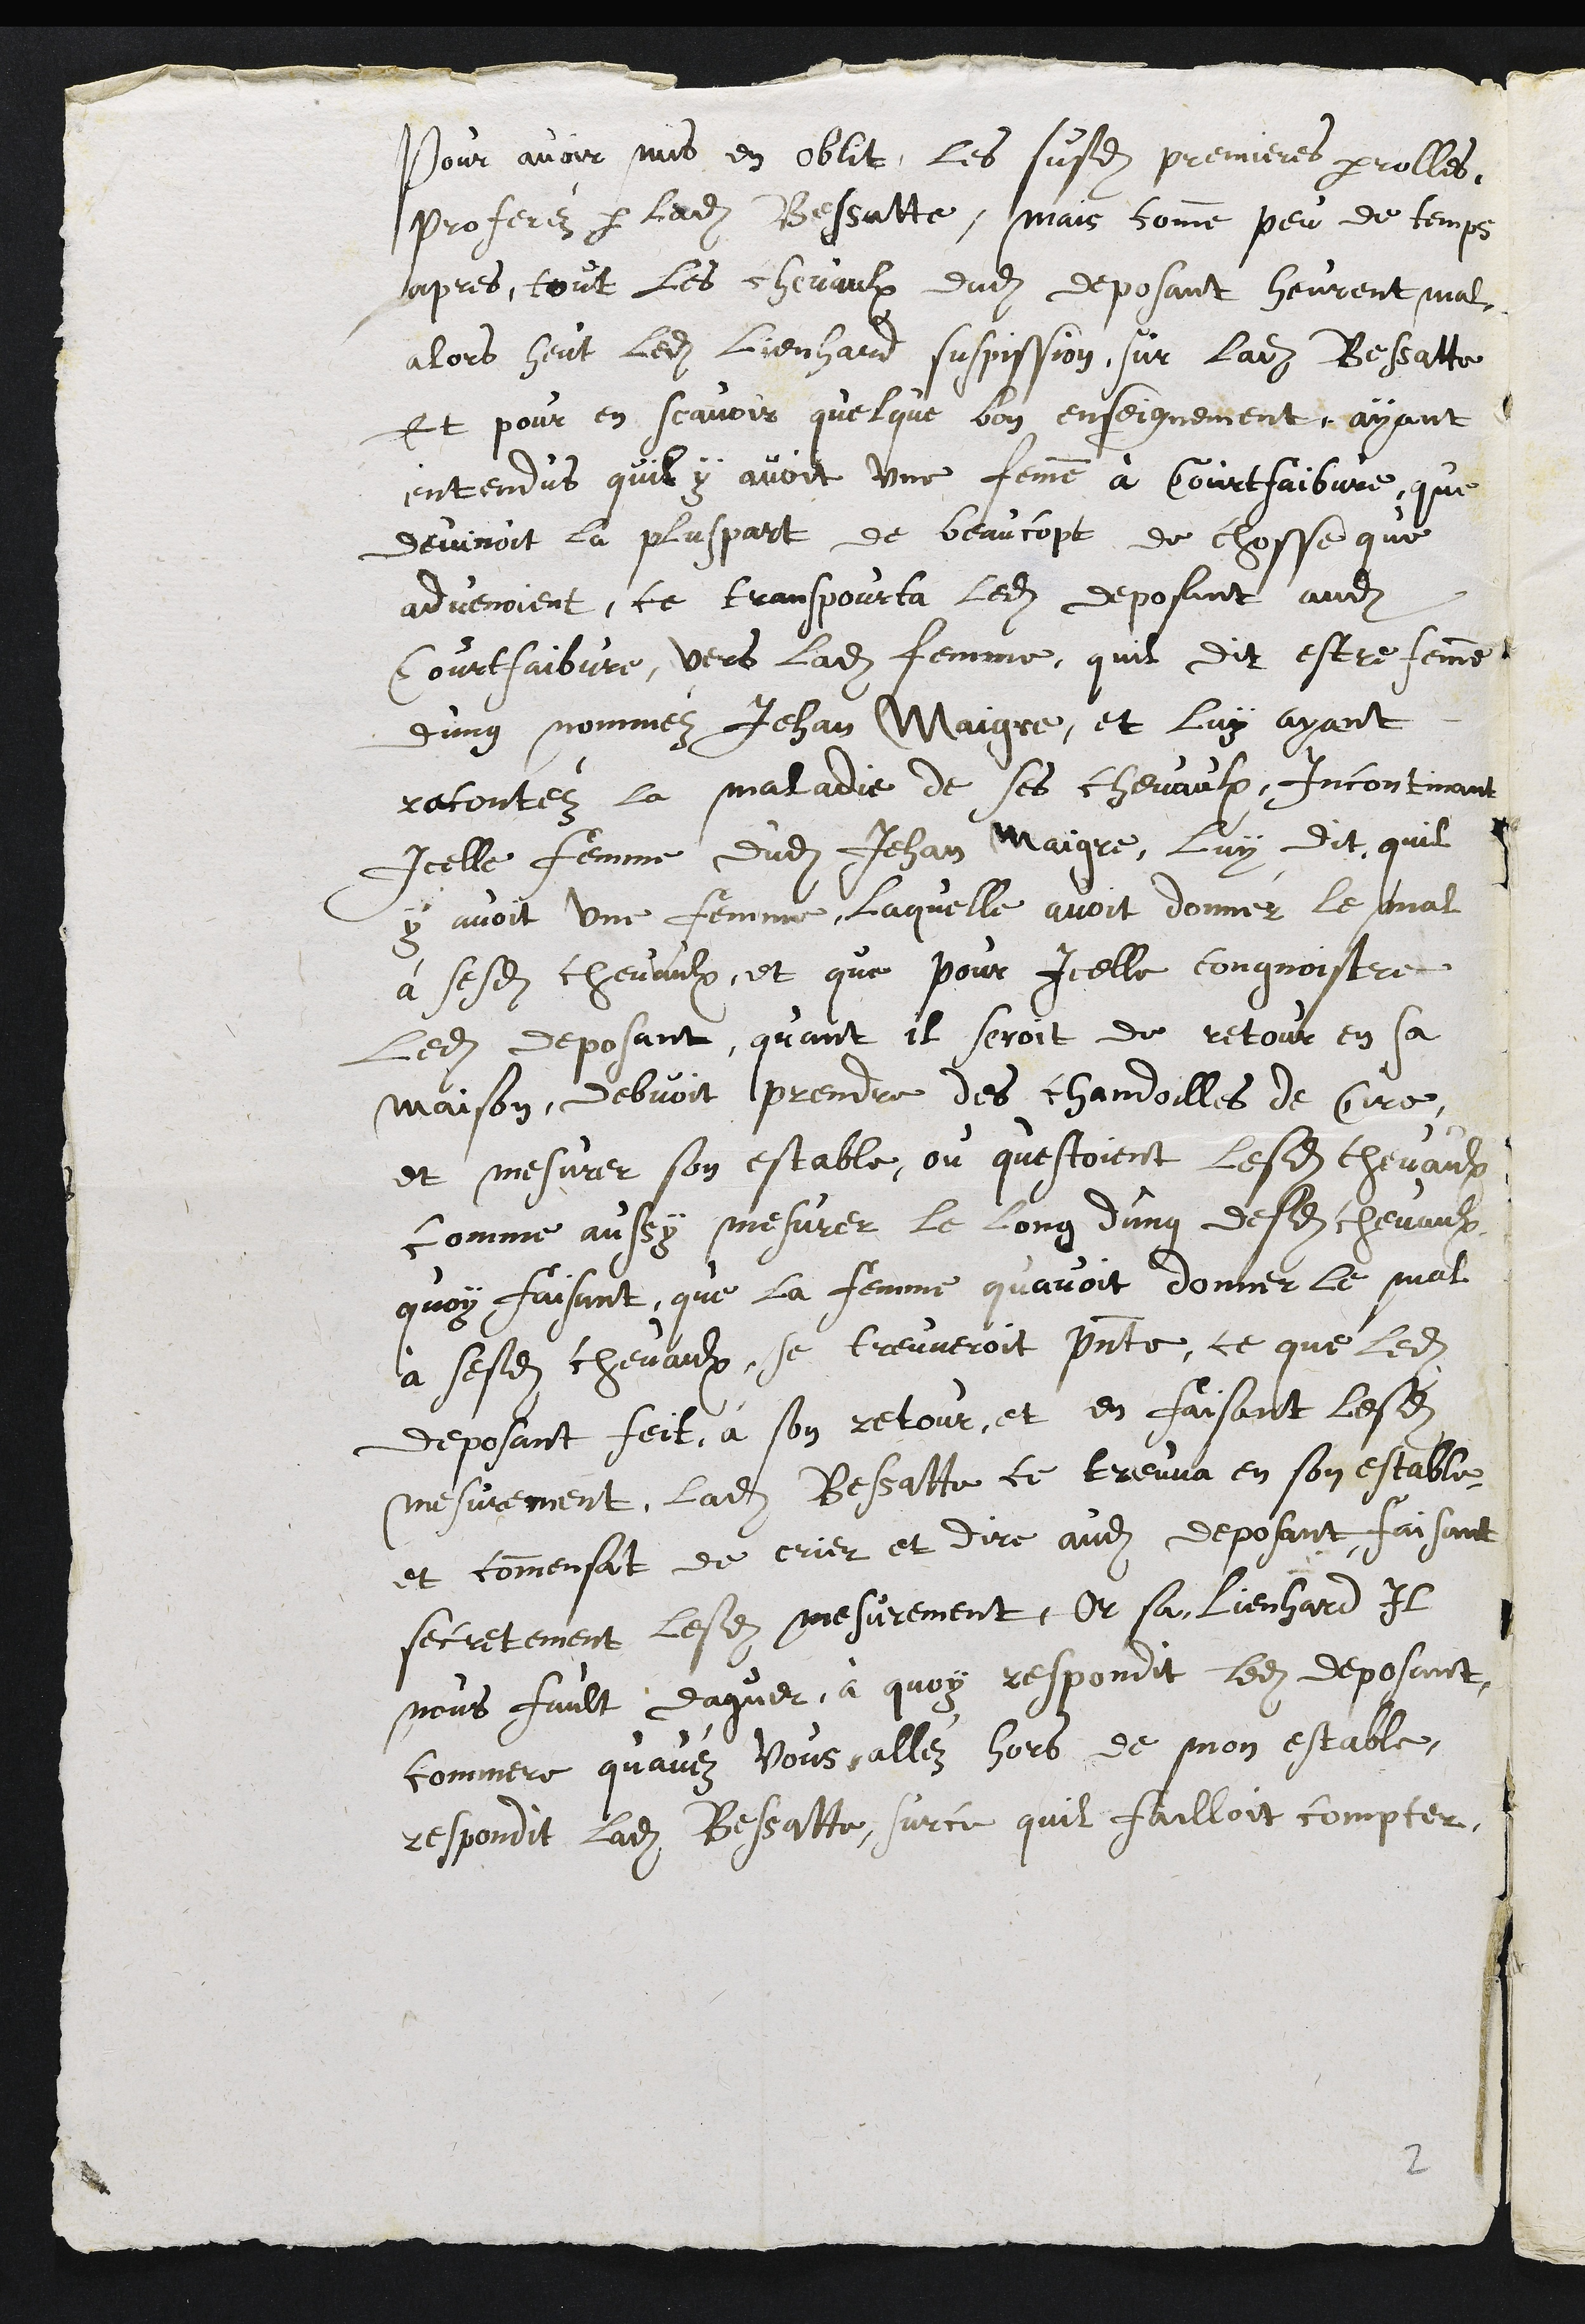
pour les avoir mises en oubli, les susdites premières paroles
proférées par ladite Bessat-be. Mais comme peu de temps
après tous les chevaux dudit déposant eurent mal,
alors eut ledit Lienhard suspicion sur ladite Bessatte,
et pour en savoir quelques bons enseignements, ayant
entendu qu'il y avait une -femmB à Courtfaibvre qui
devinait la plupart de beaucoup de choses qui
advenaient. Se transporta ledit déposant audit
Courtfaibvre, vers ladite femme qu'il dit être femme
d'un nommé Jean Maigre, et lui ayant
raconté la maladie de ses chevaux, incontinent
icelle femme dudit Jean Maigre lui dit qu'il
y avait une femme, laquelle avait donné le mal
à sesdits chevaux, et que pour icelle connaître,
ledit déposant, quand il serait de retour en sa
maison, devait prendre des chandelles de cire
et mesurer son êtable où étaient lesdits chevaux,
comme aussi mesurer le long d'un desdi-bs chevaux,
ce que faisant, que la femme qui avait donné le mal
à sesdits chevaux se trouverait présente, ce que ledit
déposant fit à son retour. Et en faisant lesdits
mesurements, ladite Bessatte se •trouva en son êtable
et commença de crier et dire audit déposant faisant
secrètement lesdits mesurements î "Br ça, Lienhard, il
nous faut daguer (?)". A quoi répondit ledit déposant :
"Commère, qu'avez-vous? Allez hors de mon étable".
Répondit ladite Bessatte sur ce qu'il fallait coinpter